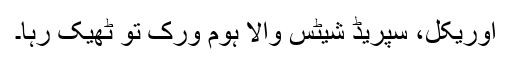
اوریکل، سپریڈ شیٹس والا ہوم ورک تو ٹھیک رہا۔